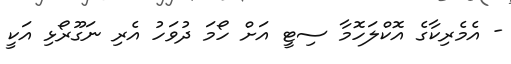
- އެމެރިކާގެ އޮކްލަހޮމާ ސިޓީ އަށް ހޯމަ ދުވަހު އެރި ނަގޫރޯޅި އަކީ